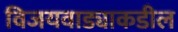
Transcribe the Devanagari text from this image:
विजयवाड्याकडील